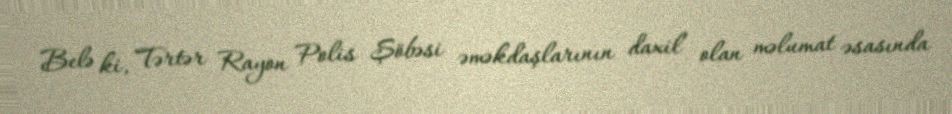
Belə ki, Tərtər Rayon Polis Şöbəsi əməkdaşlarının daxil olan məlumat əsasında